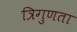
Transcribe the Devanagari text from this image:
त्रिगुणता